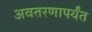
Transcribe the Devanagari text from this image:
अवतरणापर्यंत